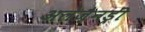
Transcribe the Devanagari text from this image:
अलेज़ैनड्रीं